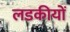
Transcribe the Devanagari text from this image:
लडकीयों